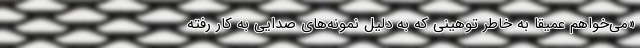
«می‌خواهم عمیقا به خاطر توهینی که به دلیل نمونه‌های صدایی به کار رفته